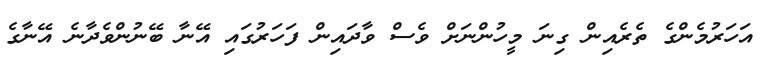
އަހަރުމެންގެ ތެރެއިން ގިނަ މީހުންނަށް ވެސް ވާދައިން ފަހަރުގައި އޭނާ ބޭނުންވެދާނެ އޭނާގެ